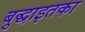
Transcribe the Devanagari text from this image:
बुद्धाइतका